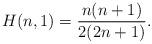
LaTeX: \begin{align*}H(n,1) = \frac{n(n+1)}{2(2n+1)}.\end{align*}